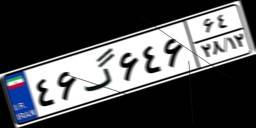
۴۶گ۶۴۶۶۴